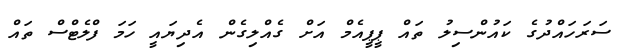
ސަރަހައްދުގެ ކައުންސިލު ތައް ޕީޕީއެމް އަށް ގެއްލިގެން އެދިޔައީ ހަމަ ފްލެޓްސް ތައް